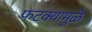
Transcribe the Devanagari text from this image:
फटक्यामुळे